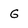
Character: G